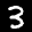
Label: 3